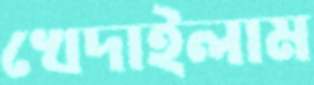
খেদাইলাম